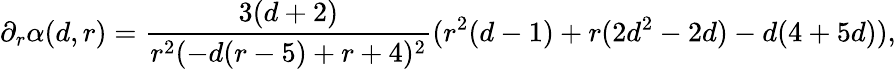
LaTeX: \partial_{r}\alpha(d,r)=\frac{3(d+2)}{r^{2}(-d(r-5)+r+4)^{2}}(r^{2}(d-1)+r(2d^{2}-2d)-d(4+5d)),